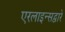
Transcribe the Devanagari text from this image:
एरलाइन्सद्वारे